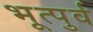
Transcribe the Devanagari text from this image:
भूत्पुर्व